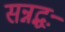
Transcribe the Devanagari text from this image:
सन्नद्धः